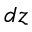
d z